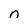
Character: n